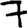
Digit: 7